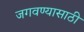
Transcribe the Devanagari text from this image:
जगवण्यासाठी